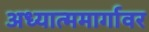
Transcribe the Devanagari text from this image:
अध्यात्ममार्गावर